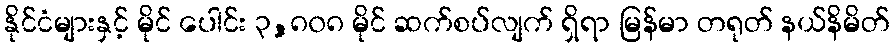
နိုင်ငံများနှင့် မိုင် ပေါင်း ၃,၈၀၈ မိုင် ဆက်စပ်လျက် ရှိရာ မြန်မာ တရုတ် နယ်နိမိတ်